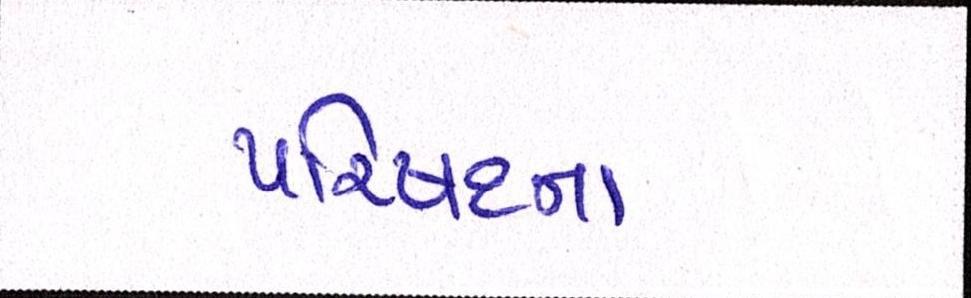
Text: પરિષદના